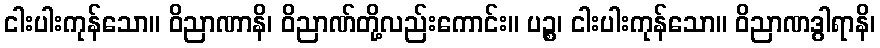
ငါးပါးကုန်သော။ ဝိညာဏာနိ၊ ဝိညာဏ်တို့လည်းကောင်း။ ပဉ္စ၊ ငါးပါးကုန်သော။ ဝိညာဏဒွါရာနိ၊